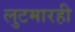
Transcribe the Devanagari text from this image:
लुटमारही